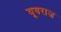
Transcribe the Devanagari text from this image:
यूवराज